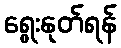
ရွေးနုတ်ရန်